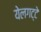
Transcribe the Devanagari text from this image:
येलगट्टे